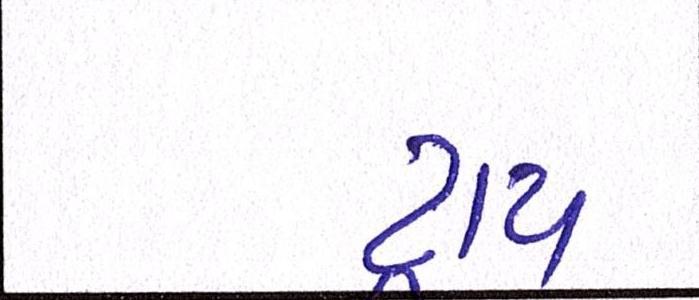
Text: ટ્રાય